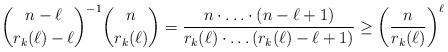
LaTeX: \begin{align*} \binom{n-\ell}{r_k(\ell)-\ell}^{-1}\binom{n}{r_k(\ell)}=\frac{n\cdot \ldots\cdot(n-\ell+1)}{r_k(\ell)\cdot\ldots (r_k(\ell)-\ell+1)}\ge \left(\frac{n}{r_k(\ell)}\right)^\ell \end{align*}